Report on sanitation, dispensaries, and jails in Rajputana for 1919, and on vaccination for the year 1919-1920 - 1919-1920
Year: 1919
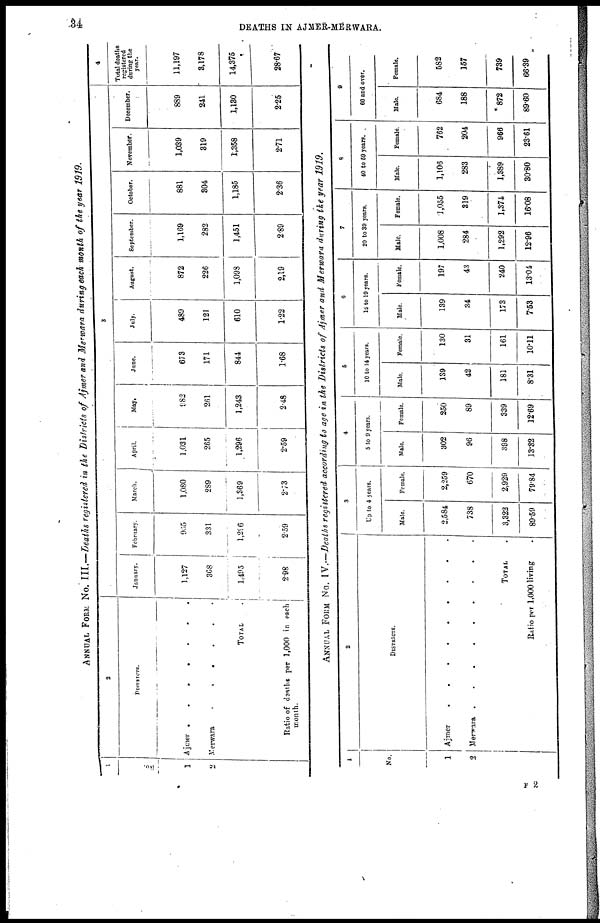
34
DEATHS IN AJMER-MERWARA.
ANNUAL FORM No. III.— Deaths registered in the Districts of Ajmer and Merwara during each month of the year 1919.
1
No.
1
2
2
DISTRICTS.
Ajmer
.
.
.
.
Merwara
.
.
.
.
TOTAL
.
Ratio of deaths
per 1,000 in each
month.
3
January.
1,127
368
1,495
2.98
February.
955
331
1,296
2.59
March.
1,080
289
1,369
2.73
April.
1,031
265
1,296
2.59
May.
982
261
1,243
2.48
June.
673
171
844
1.68
July.
489
121
610
1.22
August.
872
226
1,098
2.19
September.
1,169
282
1,451
2.89
October.
881
304
1,185
2.36
November.
1,039
319
1,358
2.71
December.
889
241
1,130
2.25
4
Total deaths
registered
during the
year.
11,197
3,178
14,375
28.67
ANNUAL FORM No. IV.—Deaths registered according to age in the Districts of Ajmer and Merwara during the year 1919.
1
No.
1
2
2
DISTRICTS.
Ajmer . . . .
Merwara
.
.
.
.
TOTAL .
Ratio per 1,000 living .
3
Up to 4 years.
Male.
2,584
738
3,322
89.59
Female.
2,259
670
2,929
79.84
4
5 to 9 years.
Male.
302
96
398
13.32
Female.
250
89
339
12.69
5
10 to 14 years.
Male.
139
42
181
8.31
Female
130
31
161
10.11
6
14 to 10 years.
Male.
139
34
173
7.53
Female.
197
43
240
13.04
7
20 to 39 years.
Male
1,008
284
1,292
12.96
Female.
1,055
319
1,374
16.08
8
40 to 59 years.
Male.
1,106
283
1,389
30.80
Female.
762
204
966
23.61
9
60 and over.
Male.
684
183
872
89.60
Female.
582
157
739
66.39
F 2